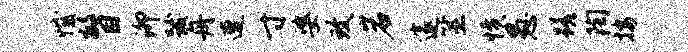
憾瞥泖跋舟遭寸婆致岩邃筮愤愚蹉陶按